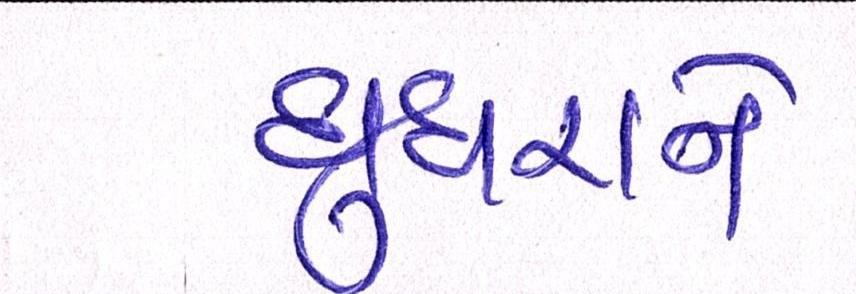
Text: ઘુઘરાને